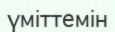
үміттемін